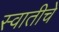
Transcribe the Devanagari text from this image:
स्वातीचे